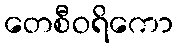
တေစီဝရိကော